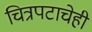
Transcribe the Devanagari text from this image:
चित्रपटाचेही